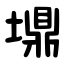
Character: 䵺